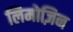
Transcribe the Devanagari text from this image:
लिमोज़िन